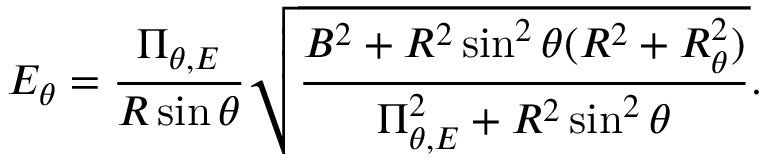
E _ { \theta } = \frac { \Pi _ { \theta , E } } { R \sin \theta } \sqrt { \frac { B ^ { 2 } + R ^ { 2 } \sin ^ { 2 } \theta ( R ^ { 2 } + R _ { \theta } ^ { 2 } ) } { \Pi _ { \theta , E } ^ { 2 } + R ^ { 2 } \sin ^ { 2 } \theta } } .